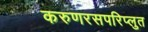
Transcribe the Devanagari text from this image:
करुणरसपरिप्लुत